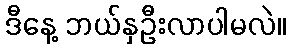
ဒီနေ့ ဘယ်နှဦးလာပါမလဲ။